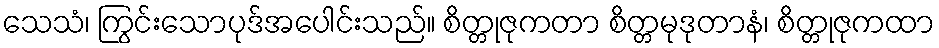
သေသံ၊ ကြွင်းသောပုဒ်အပေါင်းသည်။ စိတ္တုဇုကတာ စိတ္တမုဒုတာနံ၊ စိတ္တုဇုကထာ